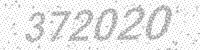
Solution: 372020